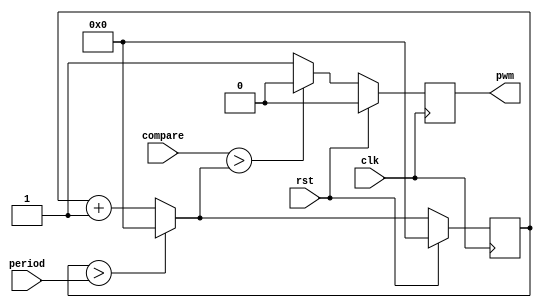
module pwm #(parameter MAX_WAVE = 24) (
  input clk,
  input rst,
  input [MAX_WAVE-1:0] period,
  input [MAX_WAVE-1:0] compare,
  output pwm
  );

reg pwm_d, pwm_q;
reg [MAX_WAVE-1:0] ctr_d, ctr_q;

assign pwm = pwm_q;

always@(ctr_q) begin
    // reset ctr when we get to period, else increment
    if (ctr_q > period) begin
        ctr_d = 1'b0;
    end else begin
        ctr_d = ctr_q + 1'b1;
    end

    // set pwm based on ctr and compare threshold
    if (compare > ctr_d) begin
        pwm_d = 1'b0;
    end else begin
        pwm_d = 1'b1;
    end
end

always@(posedge clk) begin
    if (rst) begin
        ctr_q <= 1'b0;
		  pwm_q <= 1'b0;
    end else begin
        ctr_q <= ctr_d;
		  pwm_q <= pwm_d;
    end
end

endmodule